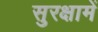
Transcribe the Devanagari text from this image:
सुरक्षामें